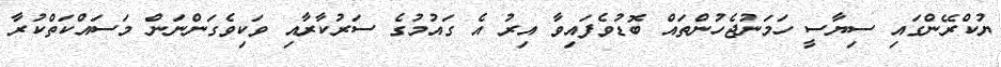
ޔުކްރޭންގައި ސިޔާސީ ހަމަނުޖެހުންތައް ބޮޑުވެފައިވާ އިރު އެ ގައުމުގެ ސަރުކާރާއި ވަކިވެގަންނަން މަސައްކަތްކުރާ